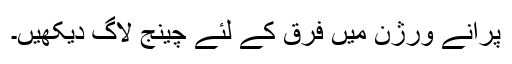
پرانے ورژن میں فرق کے لئے چینج لاگ دیکھیں۔